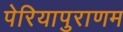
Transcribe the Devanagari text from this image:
पेरियापुराणम